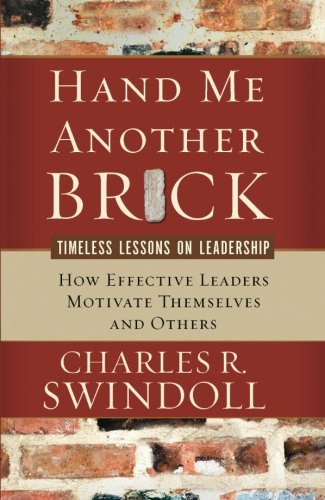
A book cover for Hand Me Another Brick; Charles R. Swindoll; Christian Books & Bibles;